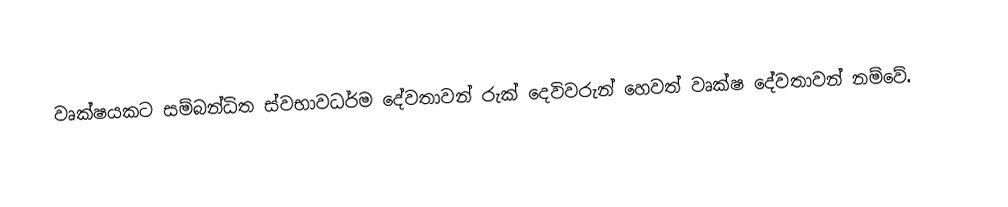
වෘක්ෂයකට සම්බන්ධිත ස්වභාවධර්ම දේවතාවන් රුක් දෙවිවරුන් හෙවත් වෘක්ෂ දේවතාවන් නම්වේ.